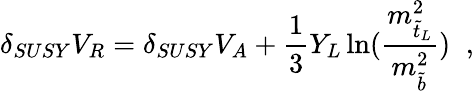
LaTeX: \delta_{SUSY}V_{R}=\delta_{SUSY}V_{A}+\frac{1}{3}Y_{L}\ln(\frac{m_{\tilde{t}_{L}}^{2}}{m_{\tilde{b}}^{2}})\; \; ,